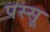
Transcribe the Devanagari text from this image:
पस्सू